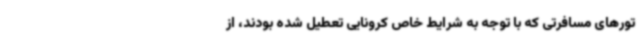
تورهای مسافرتی که با توجه به شرایط خاص کرونایی تعطیل شده بودند، از